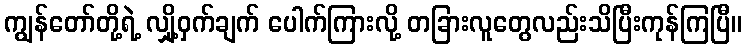
ကျွန်တော်တို့ရဲ့ လျှို့ဝှက်ချက် ပေါက်ကြားလို့ တခြားလူတွေလည်းသိပြီးကုန်ကြပြီ။